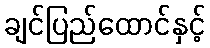
ချင်ပြည်ထောင်နှင့်